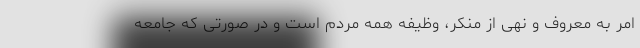
امر به معروف و نهی از منکر، وظیفه همه مردم است و در صورتی که جامعه